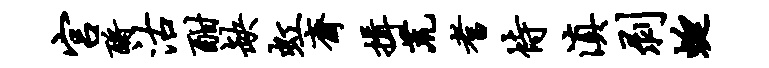
宫酹沽酣缺虹斋揖荒耆恃滇剥蜓